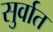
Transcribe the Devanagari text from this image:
सुर्वात